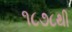
૧૮૭૮થી